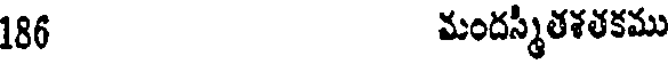
186 మందస్మీతశతకము